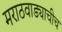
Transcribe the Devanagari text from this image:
मराठवाड्याचीच